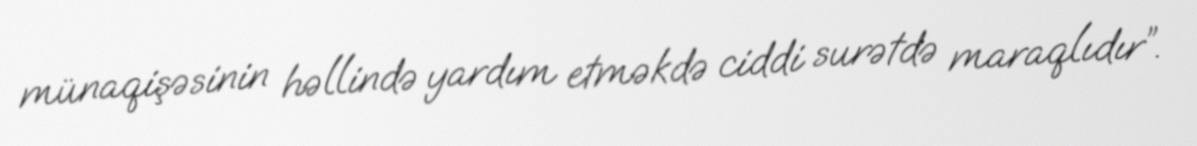
münaqişəsinin həllində yardım etməkdə ciddi surətdə maraqlıdır”.